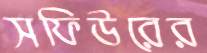
সফিউরের